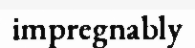
impregnably